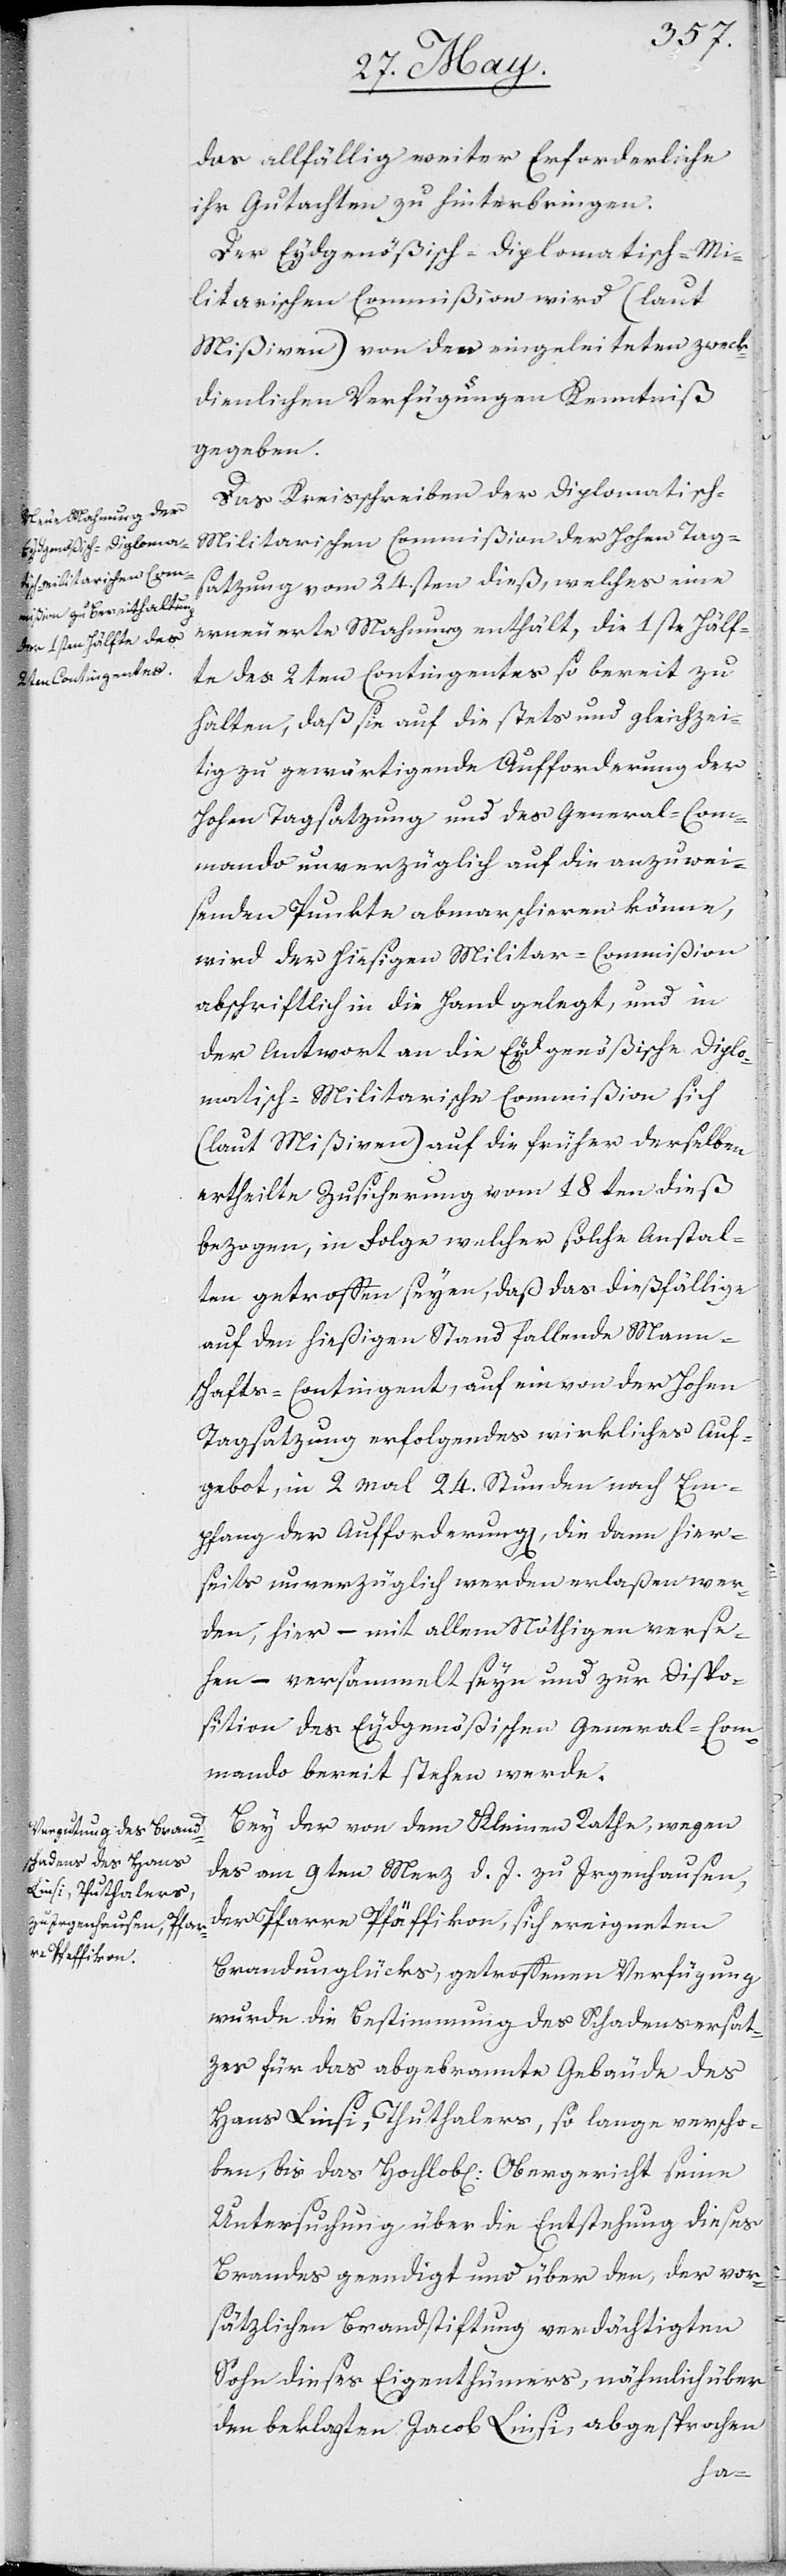
das allfällig weiter Erforderliche
ihr Gutachten zu hinterbringen.
Der Eydgenößisch-diplomatisch-Mi¬
litarischen Commißion wird (laut
Mißiven) von den eingeleiteten zweck¬
dienlichen Verfügungen Kenntniß
gegeben.
Das Kreisschreiben der Diplomatisch-M¬
ilitarischen Commißion der Hohen Tag¬
satzung vom 24sten dieß, welches eine
erneuerte Mahnung enthält, die 1ste Hälf¬
te des 2ten Contingentes so bereit zu
halten, daß sie auf die stets und gleichzei¬
tig zu gewärtigende Aufforderung der
Hohen Tagsatzung und des General-Com¬
mando unverzüglich auf die anzuwei¬
senden Punkte abmarschieren könne,
wird der hiesigen Militar-Commißion
abschriftlich in die Hand gelegt, und in
der Antwort an die Eydgenößische diplo¬
matisch-Militarische Commißion sich
(laut Mißiven) auf die früher derselben
ertheilte Zusicherung vom 18ten dieß
bezogen, in Folge welcher solche Anstal¬
ten getroffen seyen, daß das dießfällige
auf den hiesigen Stand fallende Manns¬
chafts-Contingent, auf ein von der Hohen
Tagsatzung erfolgendes wirkliches Auf¬
gebot, in 2. mal 24. Stunden nach Em¬
pfang der Aufforderung, die dann hier¬
seits unverzüglich werden erlaßen wer¬
den, hier – mit allem Nöthigen verse¬
hen – versammelt seyn und zur Dispo¬
sition des Eydgenößischen General-Com¬
mandos bereit stehen werde.
Bey der von dem Kleinen Rathe, wegen
des am 9ten März d. J. zu Irgenhausen,
der Pfarre Pfäffikon, sich ereigneten
Brandunglücks, getroffenen Verfügung,
wurde die Bestimmung des Schadensersat¬
zes für das abgebrannte Gebäude des
Hans Linsi, Thuthalers, so lange verscho¬
ben, bis das Hochlobl. Obergericht seine
Untersuchung über die Entstehung dieses
Brandes geendigt und über den, der vor¬
sätzlichen Brandstiftung verdächtigten
Sohn dieses Eigenthümers, nähmlich über
den beklagten Jacob Linsi, abgesprochen